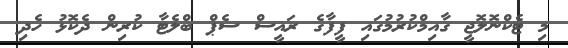
މި ޓެކްނޮލޮޖީ ގާއިމްކުރުމުގައި ފީފާގެ ރައީސް ސެޕް ބްލެޓާ ކުރިން ދެކޮޅު ހެދި